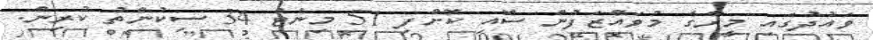
ވައުދުގައި މީރާގެ މުވައްޒަފުން ސޮއި ކޮށްފި 51 މިނެޓް 34 ސިކުންތު ކުރިން.